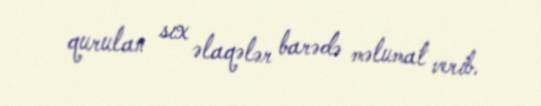
qurulan sıx əlaqələr barədə məlumat verib.